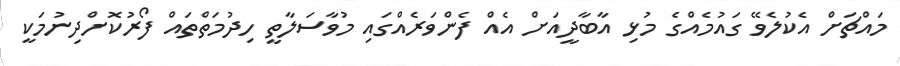
މައްޗަށް އެކުލެވޭ ގައުމެއްގެ މުޅި އާބާދީއަށް އެއް ފެންވަރެއްގައި މުވާސަލާތީ ހިދުމަތްތައް ފޯރުކޮށްދިނުމަކީ